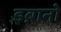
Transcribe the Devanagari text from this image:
इब्रानो